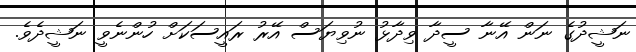
ނަޝީދުގެ ނަން އޭނާ ސީދާ ވިދާޅު ނުވިޔަސް އޭރު ރައީސަކަށް ހުންނެވީ ނަޝީދެވެ.